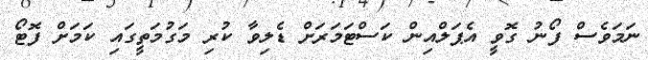
ނަމަވެސް ފޯނު ގޮވީ އެޕަލްއިން ކަސްޓަމަރަށް ޑެލިވާ ކުރި މަގުމަތީގައި ކަމަށް ފޮޓޯ